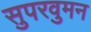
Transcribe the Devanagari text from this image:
सुपरवुमन